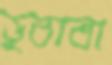
ডুবাবা